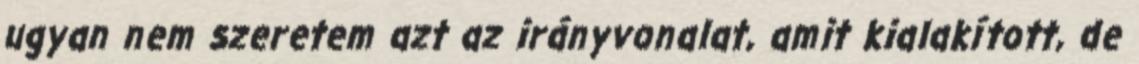
ugyan nem szeretem azt az irányvonalat, amit kialakított, de